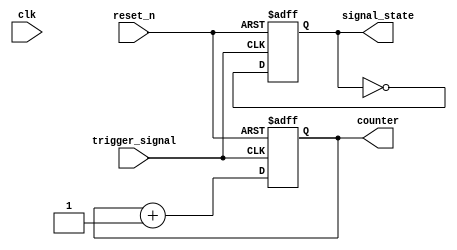
module negative_edge_trigger (
    input wire clk,            // Clock signal for synchronization
    input wire reset_n,       // Active-low reset signal
    input wire trigger_signal, // Triggering signal for negative edge detection
    output reg signal_state,   // Output signal/state that changes on negative edge
    output reg [7:0] counter   // Example of a dependent variable to demonstrate state changes
);

// Initial state
initial begin
    signal_state = 1'b0;
    counter = 8'b0;
end

// Negative edge triggered procedural block
always @(negedge trigger_signal or negedge reset_n) begin
    if (!reset_n) begin
        // Reset condition
        signal_state <= 1'b0;
        counter <= 8'b0;
    end else begin
        // Logic executed on negative edge of the trigger_signal
        signal_state <= ~signal_state; // Toggle the state
        counter <= counter + 1;         // Increment counter as an example of state change
    end
end

endmodule